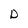
Character: D